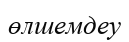
өлшемдеу